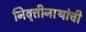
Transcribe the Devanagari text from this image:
निवृत्तीनाथांची